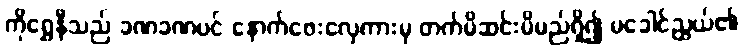
ကိုရွှေနီသည် ခဏခဏပင် နောက်ဖေးလှေကားမှ တက်မိဆင်းမိမည်ရှိ၍ မခေါင်ညွယ်၏